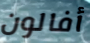
أفالون